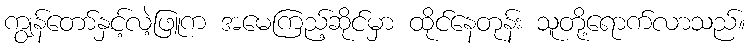
ကျွန်တော်နှင့်လဲ့ဖြူက အမေကြည့်ဆိုင်မှာ ထိုင်နေတုန်း သူတို့ရောက်လာသည်။